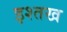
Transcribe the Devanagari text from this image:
इश्तख